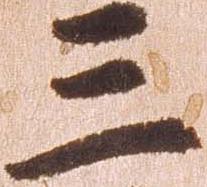
三